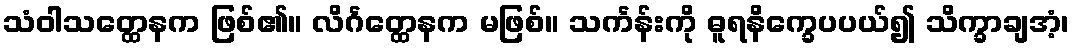
သံဝါသတ္ထေနက ဖြစ်၏။ လိင်္ဂတ္ထေနက မဖြစ်။ သင်္ကန်းကို ဓူရနိက္ခေပပယ်၍ သိက္ခာချအံ့၊